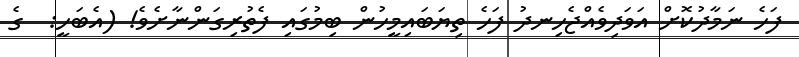
ފަހެ ނަމާދުކޮށް އަވަދިވެއްޖެހިނދު ފަހެ ތިޔަބައިމީހުން ބިމުގައި ފެތުރިގަންނާށެވެ! (އެބަހީ:  ގެ